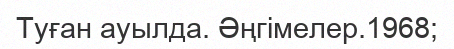
Туған ауылда. Әңгімелер.1968;